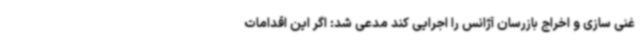
غنی سازی و اخراج بازرسان آژانس را اجرایی کند مدعی شد: اگر این اقدامات